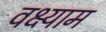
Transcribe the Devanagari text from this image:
वक्ष्याम